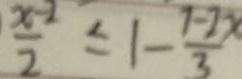
\frac { x - 2 } { 2 } \leq 1 - \frac { 7 - 2 x } { 3 }